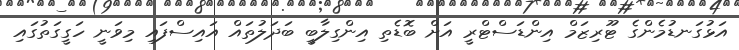
އަޅުގަނޑުމެންގެ ޓޫރިޒަމް އިންޑަސްޓްރީ އަށް ބޮޑެތި އިންގިލާބީ ބަދަލުތައް އައިސްފައި މިވަނީ ހަގީގަތުގައި